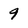
Character: 9